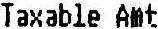
TAXABLE AMT